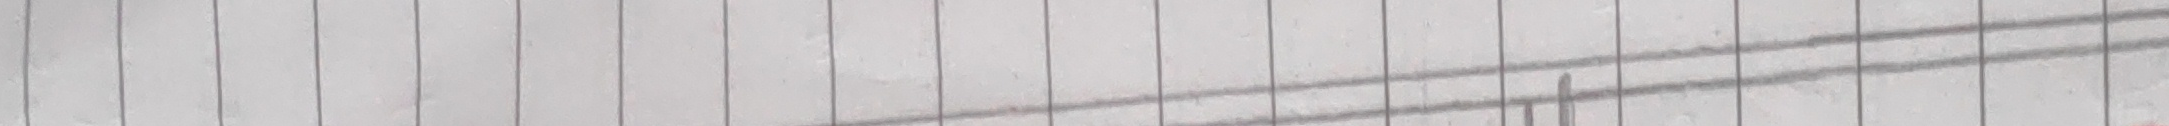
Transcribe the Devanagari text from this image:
भर्गो देवस्य धीमहि धियो यो नः प्रचोदयात्